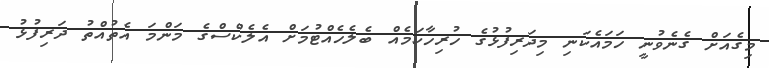
މިގެއަށް ގެނެވުނީ ހަމައެކަނި މިދަރިފުޅުގެ ހުރިހާކަމެއް ބެލެހެއްޓުމަށް އެލެކްސްގެ މަންމަ އެތުއްތު ދަރިފުޅު